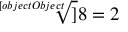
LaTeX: { \sqrt [ [object Object] ] { 8 } } = 2